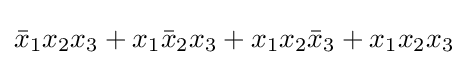
{\bar {x}}_{1}x_{2}x_{3}+x_{1}{\bar {x}}_{2}x_{3}+x_{1}x_{2}{\bar {x}}_{3}+x_{1}x_{2}x_{3}